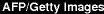
AFP/Getty Images